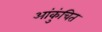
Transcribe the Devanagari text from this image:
आंकुंचित